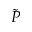
\Tilde { P }